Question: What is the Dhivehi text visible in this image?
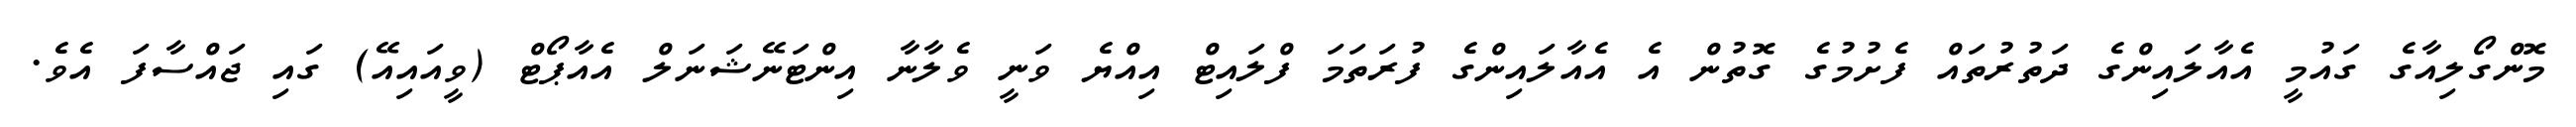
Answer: މޮންގޯލިއާގެ ގައުމީ އެއާލައިންގެ ދަތުރުތައް ފެށުމުގެ ގޮތުން އެ އެއާލައިންގެ ފުރަތަމަ ފްލައިޓް އިއްޔެ ވަނީ ވެލާނާ އިންޓަނޭޝަނަލް އެއާޕޯޓް (ވީއައިއޭ) ގައި ޖައްސާފަ އެވެ.